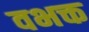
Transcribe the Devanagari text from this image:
वभक्त